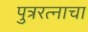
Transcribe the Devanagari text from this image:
पुत्ररत्नाचा